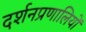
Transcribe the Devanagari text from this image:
दर्शनप्रणालियों